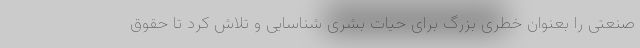
صنعتی را بعنوان خطری بزرگ برای حیات بشری شناسایی و تلاش کرد تا حقوق